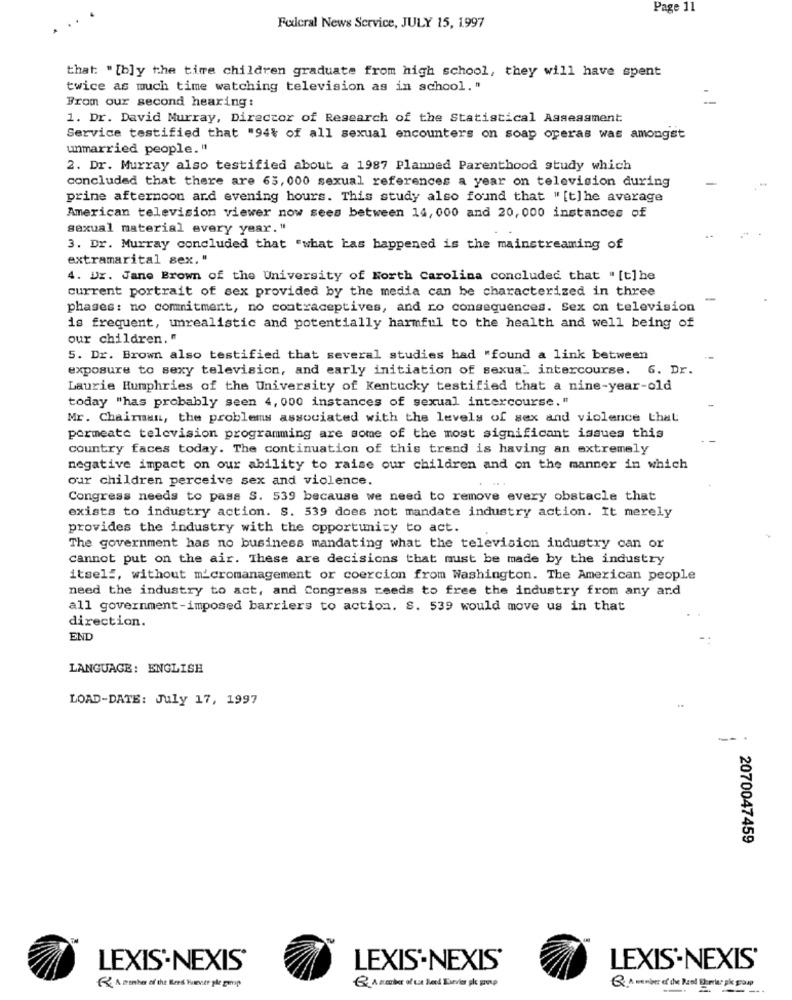
Page 11
Federal News Service, JULY 15, 1997
that: "[b]y the time children graduate from high school, they will have spent
twice as much time watching television as in school. "
From our second hearing:
1. Dr. David Murray, Director of Research of the Statistical Assessment
Service testified that "94% of all sexual encounters on soap operas was amongst
unmarried people."
2. Dr. Murray also testified about a 1987 Planned Parenthood study which
concluded that there are 63, 000 sexual references a year on television during
prine afternoon ard evening hours. This study also found that "[t] he average
American television viewer now sees between 14, 000 and 20, 000 instances of
sexual material every year. "
3. Dr. Murray concluded that "what has happened is the mainstreaming of
extramarital sex. "
4. Dr. Jane Brown of the University of North Carolina concluded that "[t] he
current portrait of sex provided by the media can be characterized in three
-
phases: no commitment, no contraceptives, and ro consequences. Sex on television
is frequent, unrealistic and potentially harmful to the health and well being of
our children. "
5. Dr. Brown also testified that several studies had "found a link between
exposure to sexy television, and early initiation of sexual intercourse. 6. Dr.
Laurie Humphries of the University of Kentucky testified that a nine-year-old
today "has probably seen 4, 000 instances of sexual intercourse."
Mr. Chairman, the problems associated with the levels of sex and violence that
permeate television programming are some of the most significant issues this
country faces today. The continuation of this trend is having an extremely
negative impact on our ability to raise our children and on the manner in which
our children perceive sex and violence.
Congress needs to pass S. 539 because we need to remove every obstacle that
exists to industry action. S. 539 does not mandate industry action. It merely
provides the industry with the opportunity to act.
The government has no business mandating what the television industry can or
cannot put on the air. These are decisions that must be made by the industry
itself, without micromanagement or coercion from Washington. The American people
need the industry to act, and Congress reeds to free the industry from any and
all government-imposed barriers to action. S. 539 would move us in that
direction.
END
LANGUAGE: ENGLISH
LOAD-DATE: July 17, 1997
2070047459
LEXIS'-NEXIS®
LEXIS-NEXIS'
LEXIS'-NEXIS'
& A member of the Kend Huevier gle gump
Q A member of the Real Domiar pk group